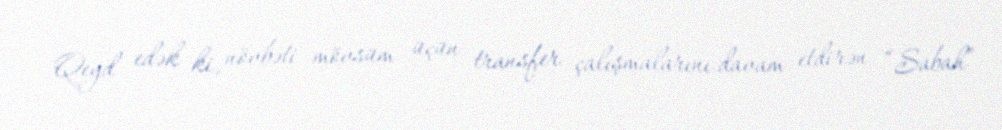
Qeyd edək ki, növbəti mövsüm üçün transfer çalışmalarını davam etdirən “Sabah”